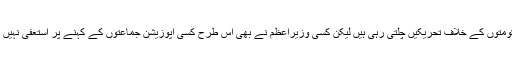
حکومتوں کے خلاف تحریکیں چلتی رہی ہیں لیکن کسی وزیراعظم نے بھی اس طرح کسی اپوزیشن جماعتوں کے کہنے پر استعفیٰ نہیں دیا۔